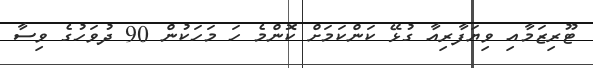
ޓޫރިޒަމާއި ވިޔަފާރިއާ ގުޅޭ ކަންކަމަށް ކޮންމެ ހަ މަހަކުން 90 ދުވަހުގެ ވިސާ